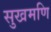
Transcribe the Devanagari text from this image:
सुखमणि